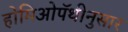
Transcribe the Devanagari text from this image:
होमिओपॅथीनुसार